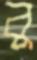
বু